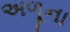
અળૂના